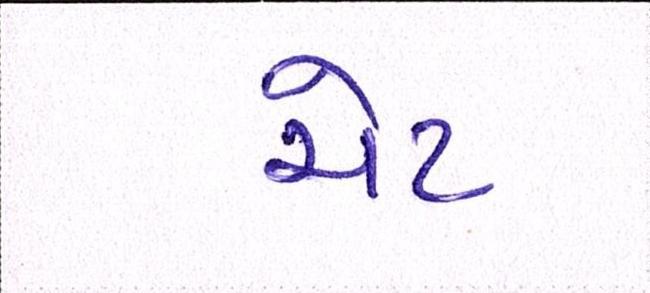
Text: ચેટ